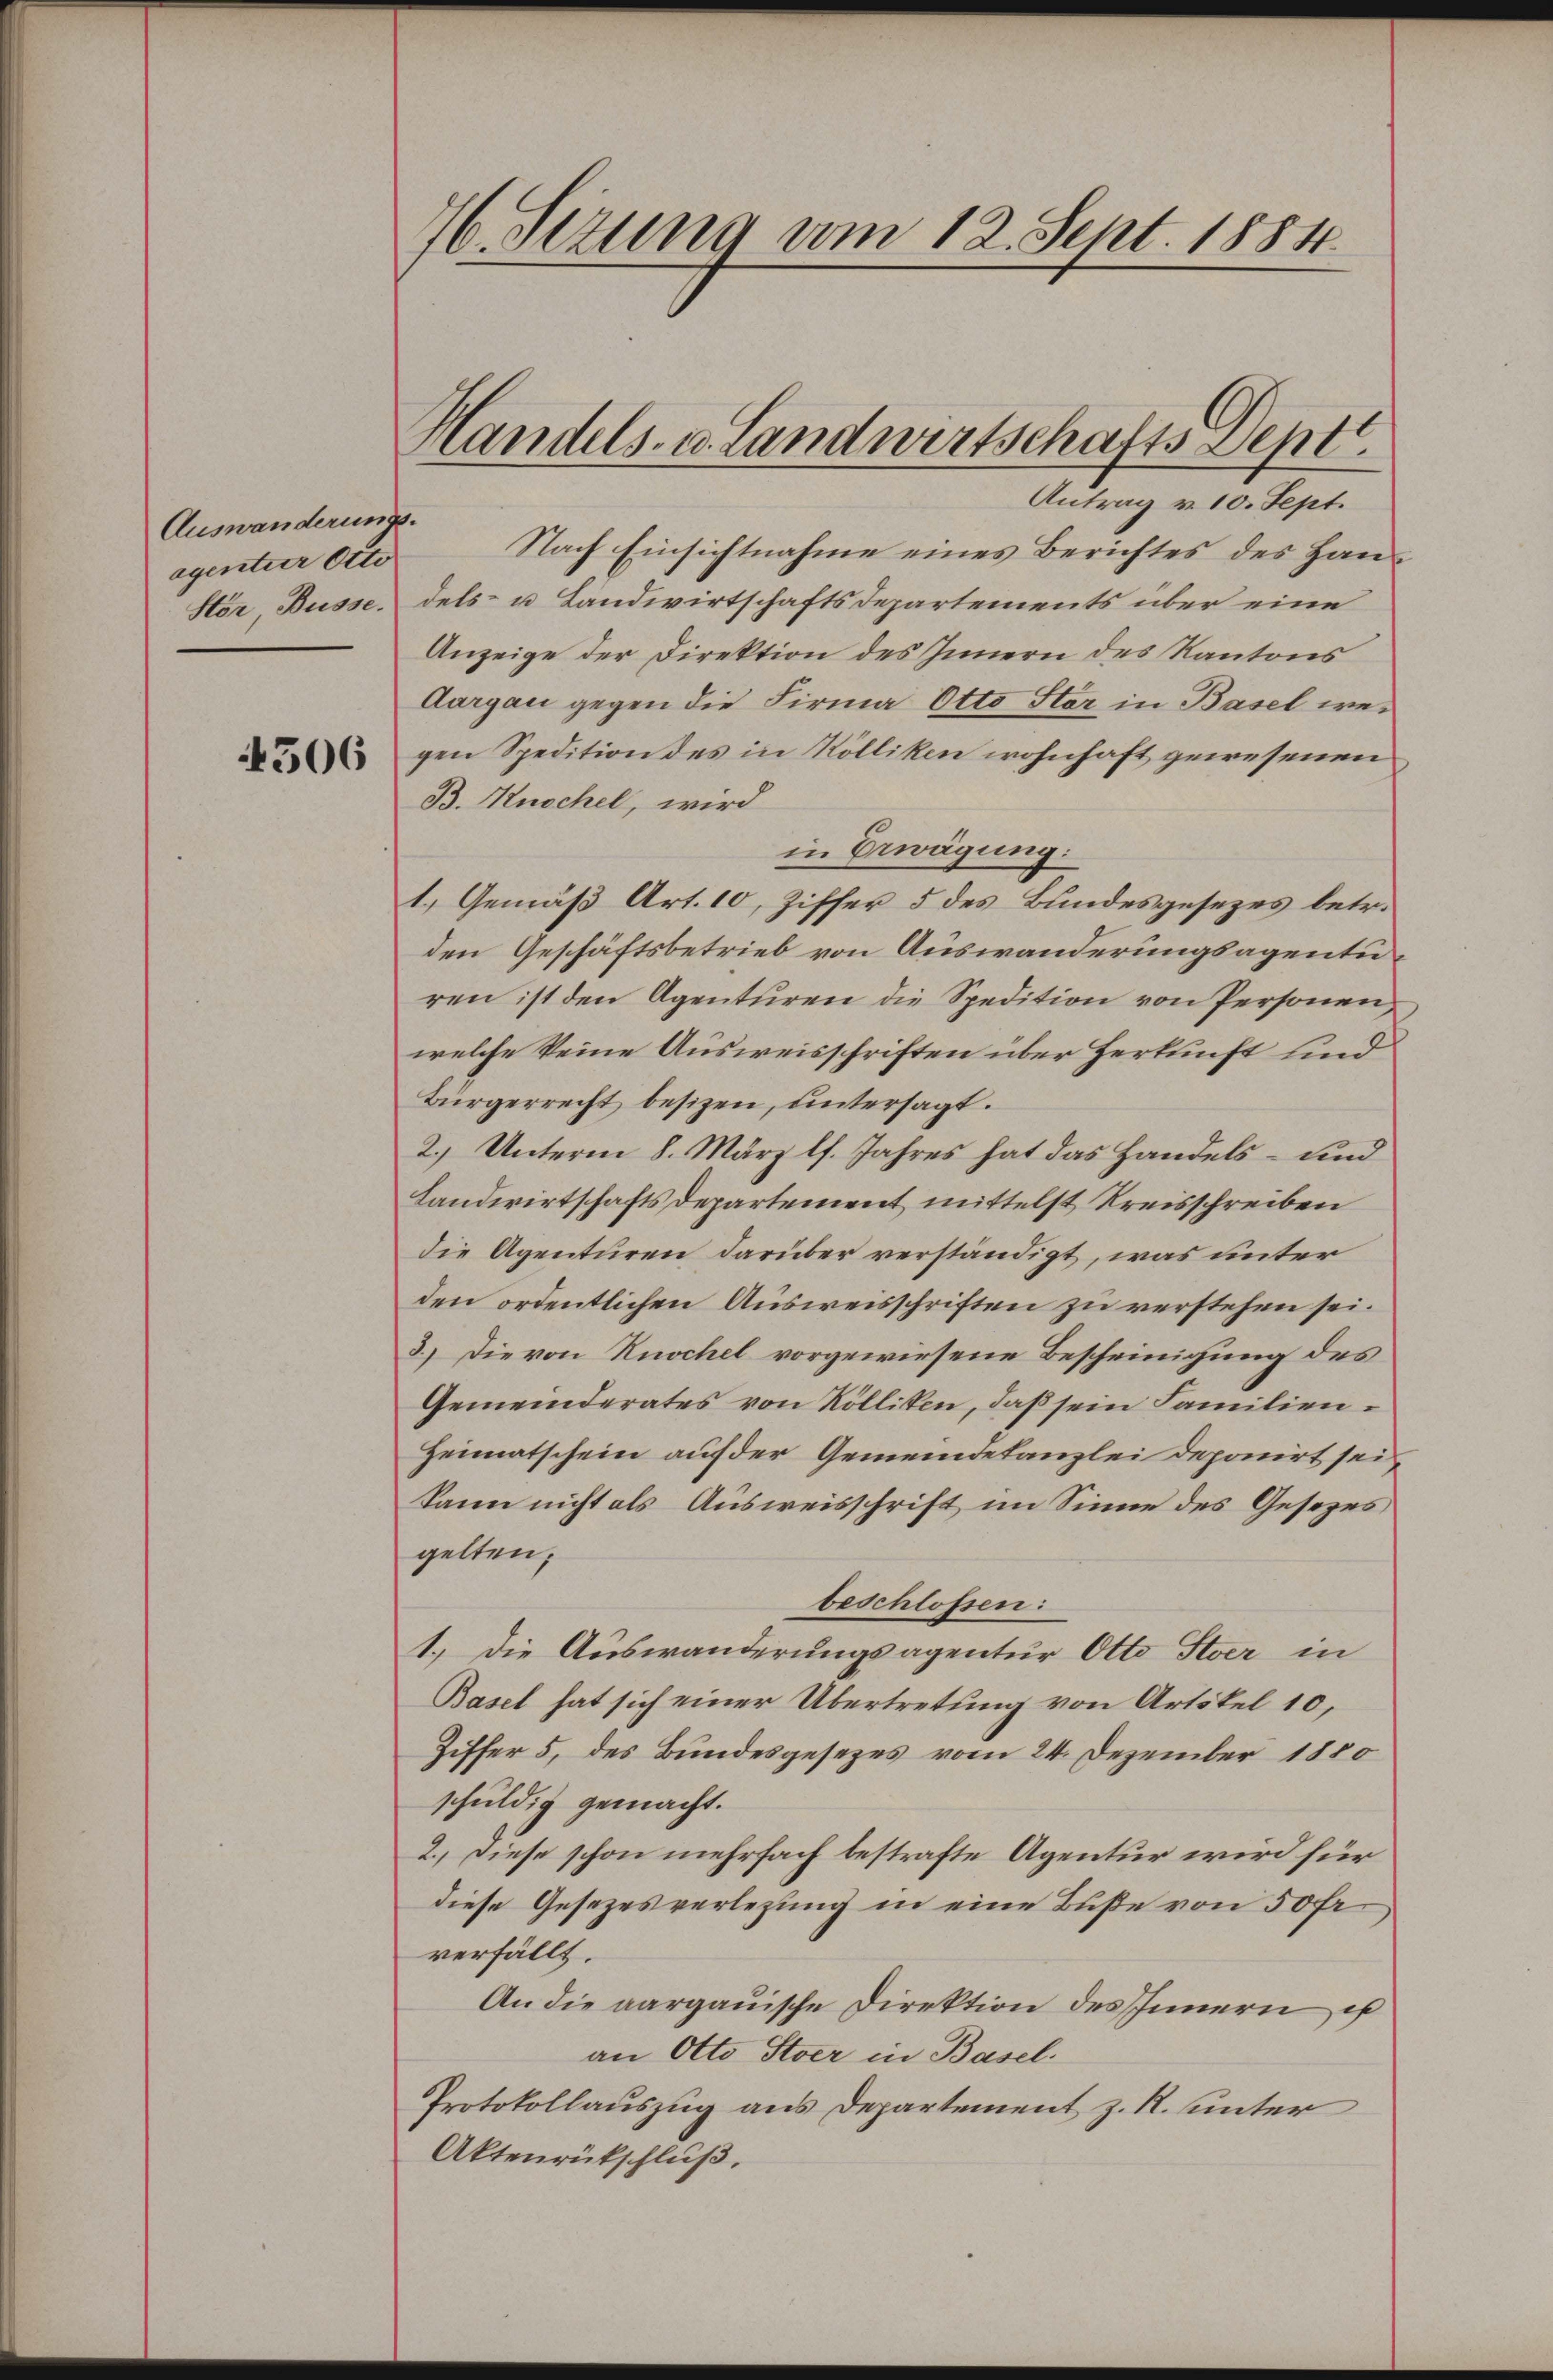
Auswanderungs-
egentuer Otto
Stön Büsse.

4506

76. Setzung vom 12. Sept. 1884

Handels. v. Landwirtschafts-Dept.
Antrag v. 10. Sept.

Nach Einsichtnahme eines Berichtes des Handels- u Landwirtschaftsdepartements über eine
Anzeige der Direktion des Innern des Kantons
Aargau gegen die Firma Otto Star in Basel wegen Spedition des in Kölliken wohnhaft gewesenen
B. Knochel, wird
in Erwägung:
1.) Gemäß Art. 10, Ziffer 5 des Bundesgesezes betr.
den Geschäftsbetrieb von Auswanderungsagenturen ist den Agenturen die Spedition von Personen,
welche keine Ausweisschriften über Herkunft und
Bürgerrecht besizen, untersagt.
2.) Unterm 8. März lf. Jahres hat das Handels- und
Landwirtschafts Departement mittelst Kreisschreiben
die Agenturen darüber verständigt, was unter
den ordentlichen Ausweisschriften zu verstehen sei.
3.) Die von Knochel vorgewiesene Bescheinigung des
Gemeinderates von Rölliken, daß sein Familien¬
Heimatschein auf der Gemeindekanzlei deponirt sei,
kann nicht als Ausweisschrift im Sinne des Gesezes
gelten.
beschlossen:
1.) Die Auswanderungsagentur Otto Stoer in
Basel hat sich einer Übertretung von Artikel 10,
Ziffer 5, des Bundesgesezes vom 24. Dezember 1880
schuldig gemacht.
2.) Diese schon mehrfach bestrafte Agentur wird für
diese Gesezesverlegung in eine Buße von 50 fr.
verfällt.
An die aargauische Direktion des Innern ist
an Otto Stoer in Basel.
Protokollauszug aus Departement z. R. unter
Aktenrückschluß.